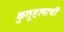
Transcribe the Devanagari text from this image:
कुतूहलाची